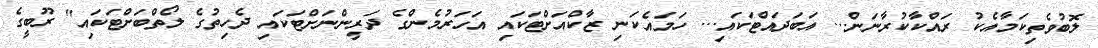
ލޮބުވެތިކަމާއެކު ރައްކާކުރާނަން... އަބަދައްޓަކައި... ހަމައެކަނި ޒާކްއަށްޓަކައި އަހަރުމެންގެ ދަރީންނަށްޓަކައި ދެހިތުގެ ލޯތްބަށްޓަކައި" ރޫބީގެ